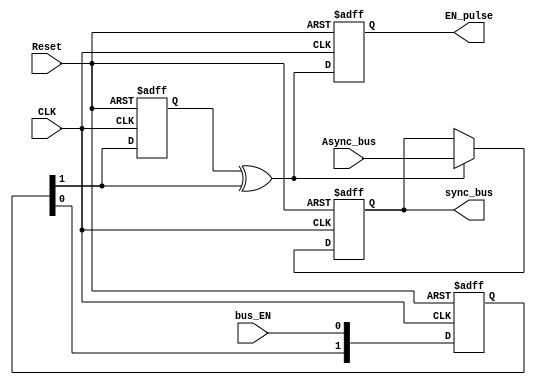

module DATA_SYNC_F2S #(parameter NUM_Stages = 2, 
                   parameter Width = 8) (
    // input & output ports
    input  wire [Width-1:0] Async_bus, 
    input  wire             bus_EN, 
    input  wire             CLK, 
    input  wire             Reset,
    output reg  [Width-1:0] sync_bus,
    output reg              EN_pulse
);

reg  [NUM_Stages-1:0] flops_out;
reg                   Pulse_gen_FF;
wire                  Pulse_gen_out;
wire [Width-1:0]      MUX_out;

integer i;

always @(posedge CLK, negedge Reset) begin
    if (!Reset) begin

        for (i = 0; i<NUM_Stages; i=i+1) begin
        flops_out[i] <= 0;
        end
        Pulse_gen_FF <= 0;
        sync_bus <= 0;
        EN_pulse <= 0;
    end
    else begin

        flops_out[0] <= bus_EN;
        for (i = 1; i<NUM_Stages; i=i+1) begin
            flops_out[i] <= flops_out[i-1];
        end
        Pulse_gen_FF <= flops_out[NUM_Stages-1];
        sync_bus <= MUX_out;
        EN_pulse <= Pulse_gen_out;
    end
end

assign Pulse_gen_out = Pulse_gen_FF ^ flops_out[NUM_Stages-1];
assign MUX_out = Pulse_gen_out ? Async_bus:sync_bus;
    
endmodule